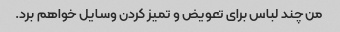
من چند لباس برای تعویض و تمیز کردن وسایل خواهم برد.